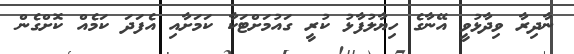
ނާދިރާ ވިދާޅުވީ އޭނާގެ ހިޔާލުފާޅު ކުރީ ގައުމަށްޓަކާ ކަމަށާއި އެފަދަ ކަމެއް ކޮށްގެން